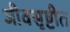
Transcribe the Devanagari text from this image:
जीवसृष्टीत